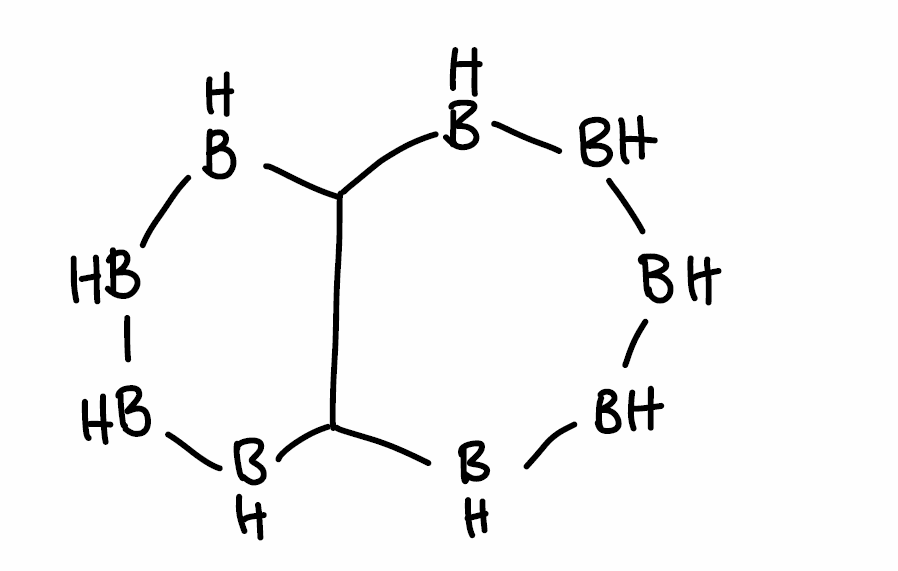
Simplified molecular-input line-entry system (SMILES) notation of the given molecule:
B1BBC2BBBBC2BB1